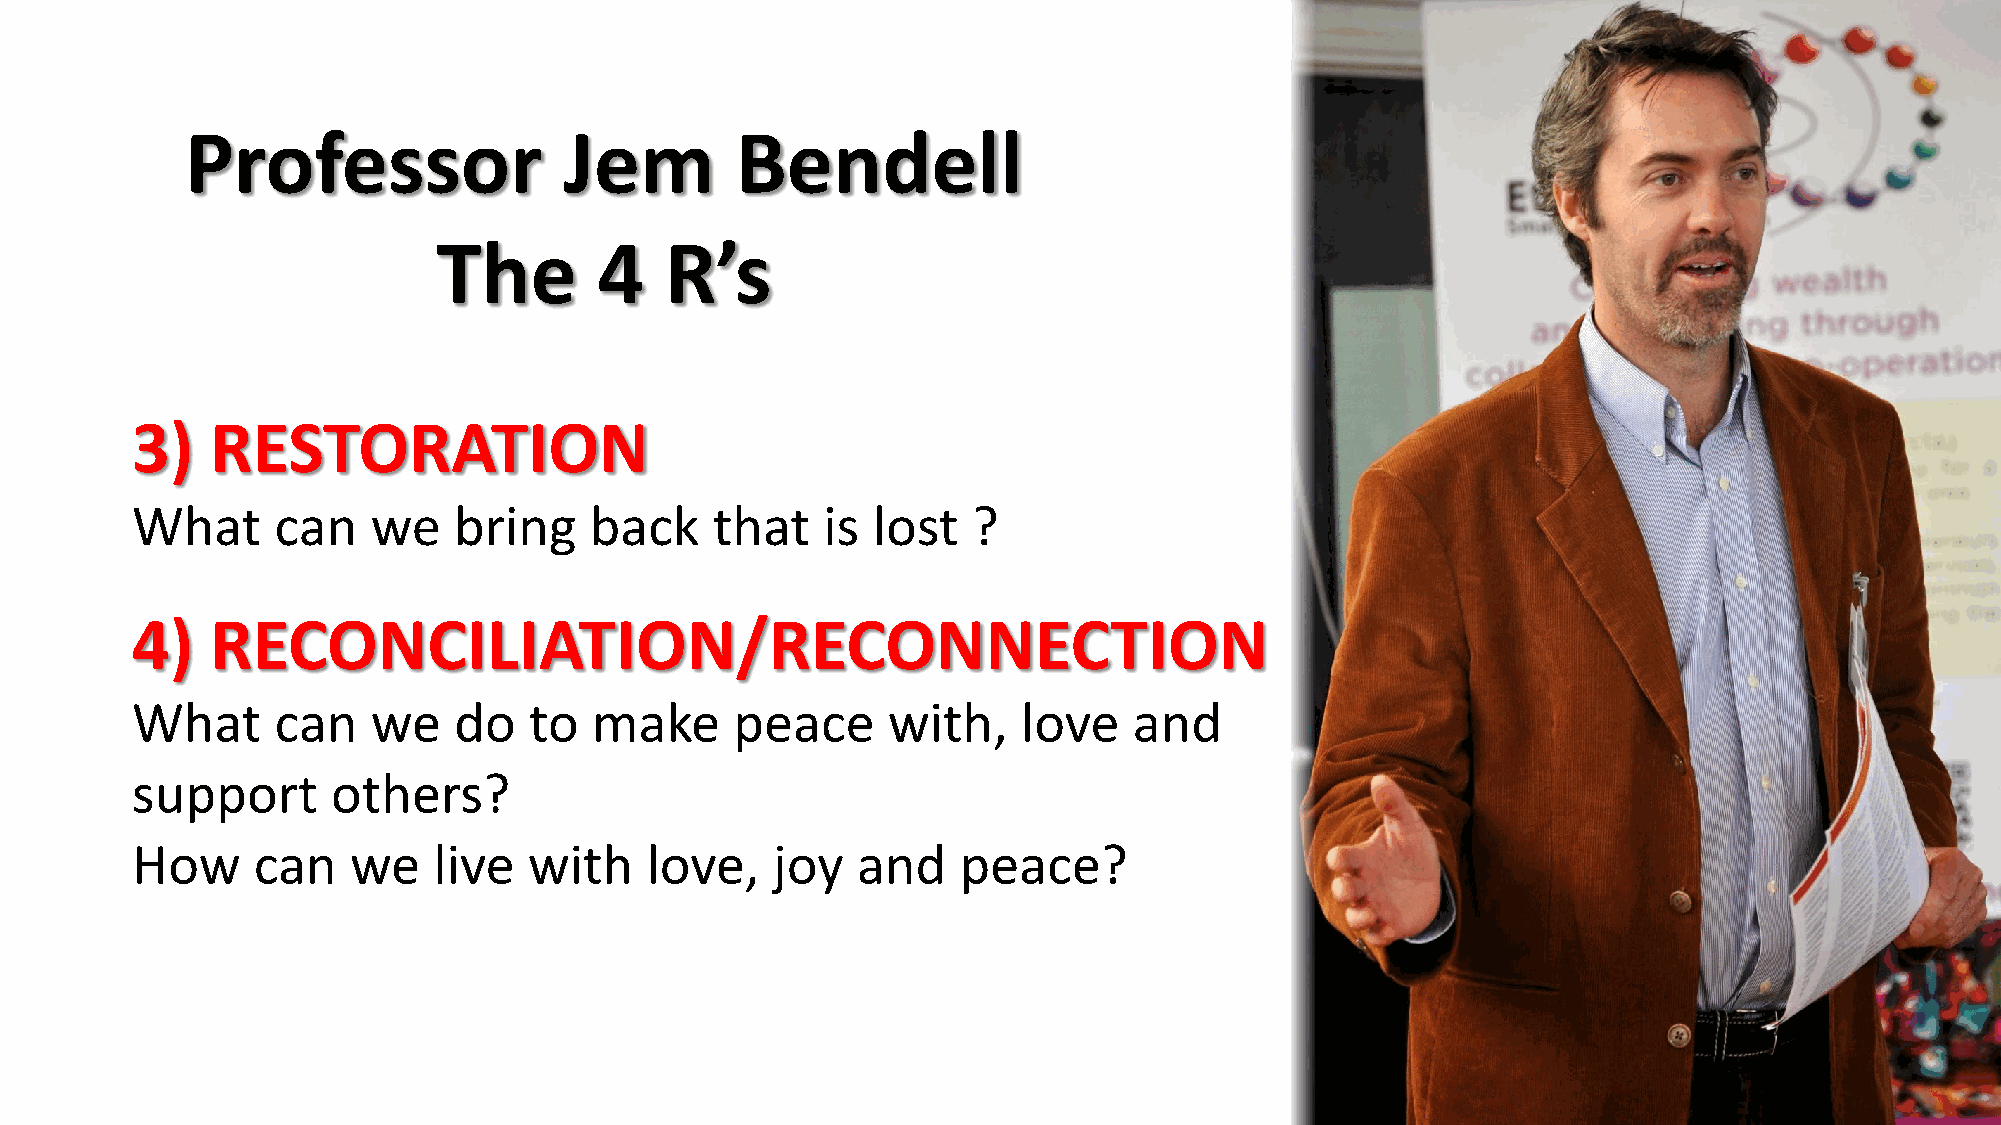
Professor                Jem         Bendell
 The        4   R’s
 3)   RESTORATION
 What     can    we   bring    back    that   is  lost  ?
 4)   RECONCILIATION/RECONNECTION
 What     can    we   do   to  make      peace     with,    love   and
 support      others?
 How     can   we    live  with    love,   joy   and   peace?